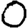
Digit: 0